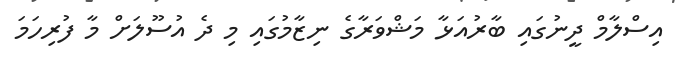
އިސްލާމް ދީނުގައި ބާރުއަޅާ މަޝްވަރާގެ ނިޒާމުގައި މި ދެ އުސޫލަށް މާ ފުރިހަމަ